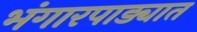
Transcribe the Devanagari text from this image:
भंगारपाड्यात